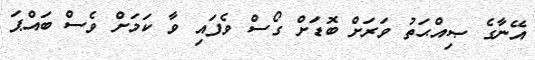
އޭނާގެ ޞިއްޙަތު ވަރަށް ބޮޑަށް ގޯސް ވެފައި ވާ ކަމަށް ވެސް ބައްޕަ